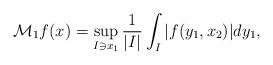
LaTeX: \begin{align*}\mathcal M_1f(x)=\sup_{I\ni x_1}\frac{1}{|I|}\int_I|f(y_1,x_2)|dy_1,\end{align*}